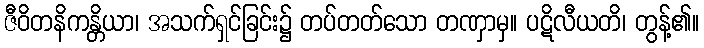
ဇီဝိတနိကန္တိယာ၊ အသက်ရှင်ခြင်း၌ တပ်တတ်သော တဏှာမှ။ ပဋိလီယတိ၊ တွန့်၏။